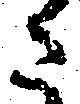
さ